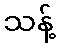
သန့်